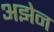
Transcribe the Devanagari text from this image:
अझेन